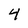
Character: 4